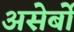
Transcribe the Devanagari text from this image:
असेर्बो